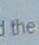
the